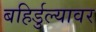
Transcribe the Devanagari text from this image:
बहिर्डुल्यावर